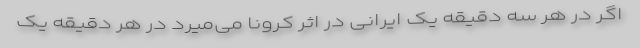
اگر در هر سه دقیقه یک ایرانی در اثر کرونا می‌میرد در هر دقیقه یک